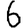
Digit: 6